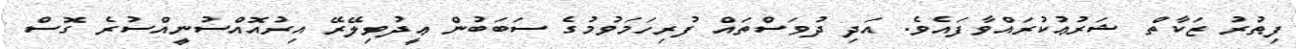
ފިޠުރު ޒަކާތް ޝަރުޢުކުރައްވާފައެވެ. އަދި ދުވަސްތައް ފުރިހަމަވުމުގެ ސަބަބުން ޢީދުވިލޭރޭ އިރުއޮއްސުނީއްސުރެ ގޮސް